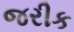
જરીક